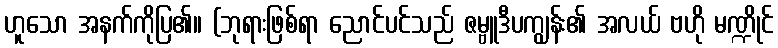
ဟူသော အနက်ကိုပြ၏။ (ဘုရားဖြစ်ရာ ညောင်ပင်သည် ဇမ္ဗူဒီပကျွန်း၏ အလယ် ဗဟို မဏ္ဍိုင်